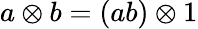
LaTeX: a\otimes b=(ab)\otimes 1